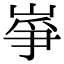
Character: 𡸵